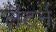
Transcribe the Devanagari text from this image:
लँटर्न